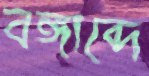
বঙ্গাব্দে